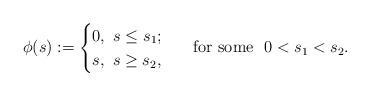
LaTeX: \begin{align*}\phi(s) := \begin{cases}0,\ s \le s_1;\\s,\ s \ge s_2,\end{cases}\ \ \mbox{for some}\ \ 0 < s_1 < s_2.\end{align*}